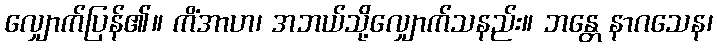
လျှောက်ပြန်၏။ ကိံအာဟ၊ အဘယ်သို့လျှောက်သနည်း။ ဘန္တေ နာဂသေန၊